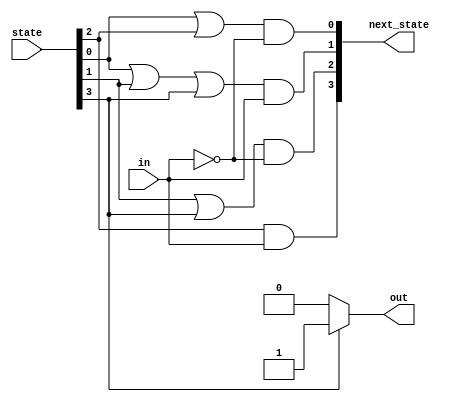
// https://hdlbits.01xz.net/wiki/Fsm3onehot

module top_module(
    input in,
    input [3:0] state,
    output [3:0] next_state,
    output out); //

    parameter A = 2'd0;
    parameter B = 2'd1;
    parameter C = 2'd2;
    parameter D = 2'd3;

    // State transition logic: Derive an equation for each state flip-flop.
    assign next_state[A] = (state[A] | state[C]) & ~in;
    assign next_state[B] = (state[A] | state[B] | state[D]) & in;
    assign next_state[C] = (state[B] | state[D]) & ~in;
    assign next_state[D] = state[C] & in;

    // Output logic:
    assign out = state[D] ? 1'b1 : 1'b0;

endmodule